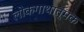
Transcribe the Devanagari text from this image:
लोकगाथात्मक